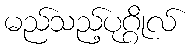
မည်သည့်ပုဂ္ဂိုလ်